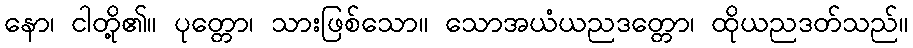
နော၊ ငါတို့၏။ ပုတ္တော၊ သားဖြစ်သော။ သောအယံယညဒတ္တော၊ ထိုယညဒတ်သည်။